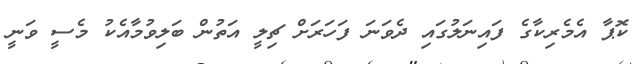
ކޮޕާ އެމެރިކާގެ ފައިނަލުގައި ދެވަނަ ފަހަރަށް ޗިލީ އަތުން ބަލިވުމާއެކު މެސީ ވަނީ